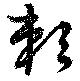
敇